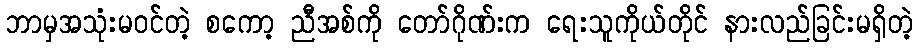
ဘာမှအသုံးမဝင်တဲ့ စကော့ ညီအစ်ကို တော်ဂိုဏ်းက ရေးသူကိုယ်တိုင် နားလည်ခြင်းမရှိတဲ့